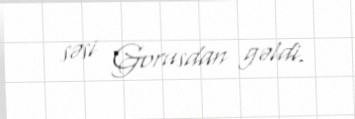
səsi Gorusdan gəldi.